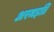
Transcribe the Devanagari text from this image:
अरमइति